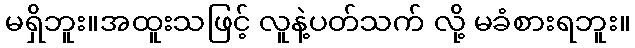
မရှိဘူး။အထူးသဖြင့် လူနဲ့ပတ်သက် လို့ မခံစားရဘူး။